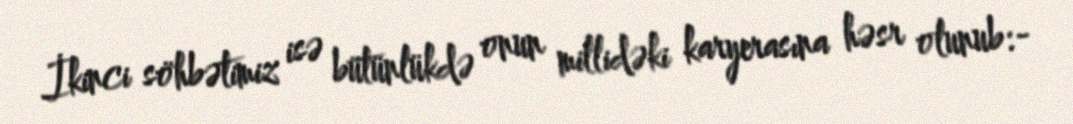
İkinci söhbətimiz isə bütünlükdə onun millidəki karyerasına həsr olunub:-